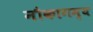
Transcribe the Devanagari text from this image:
नौकागम्य